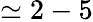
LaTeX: \simeq 2-5